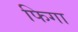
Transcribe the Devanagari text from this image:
फिगा